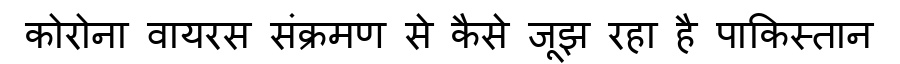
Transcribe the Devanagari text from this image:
कोरोना वायरस संक्रमण से कैसे जूझ रहा है पाकिस्तान